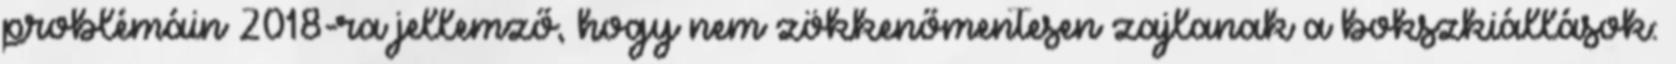
problémáin 2018-ra jellemző, hogy nem zökkenőmentesen zajlanak a bokszkiállások: